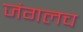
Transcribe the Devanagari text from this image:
जंगलच